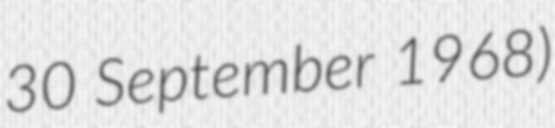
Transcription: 30 September 1968)